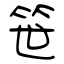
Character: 笹